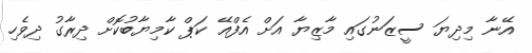
އޭނާ މިދިޔަ ސީޒަނުގައި މާޒިޔާ އަށް އެފްއޭ ކަޕް ކާމިޔާބުކޮށް ދިރާގު ދިވެހި